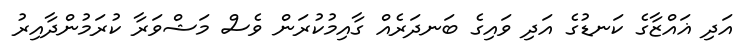
އަދި ޣައްޒާގެ ކަނޑުގެ އަދި ވައިގެ ބަނދަރެއް ގާއިމުކުރަން ވެސް މަޝްވަރާ ކުރަމުންދާއިރު